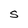
Character: S